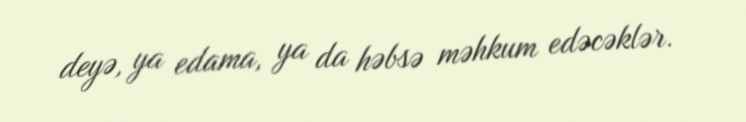
deyə, ya edama, ya da həbsə məhkum edəcəklər.